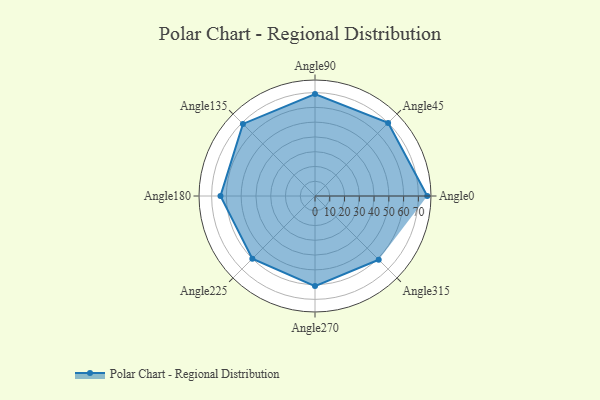
{"axis": {"x": "Angle", "y": "Radius"}, "legend": [""], "data": [{"x": "Angle0", "y": 76.0, "type": ""}, {"x": "Angle45", "y": 70.0, "type": ""}, {"x": "Angle90", "y": 69.0, "type": ""}, {"x": "Angle135", "y": 69.0, "type": ""}, {"x": "Angle180", "y": 64.0, "type": ""}, {"x": "Angle225", "y": 60.0, "type": ""}, {"x": "Angle270", "y": 61.0, "type": ""}, {"x": "Angle315", "y": 61.0, "type": ""}]}